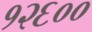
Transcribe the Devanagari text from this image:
१२६००